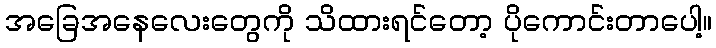
အခြေအနေလေးတွေကို သိထားရင်တော့ ပိုကောင်းတာပေါ့။